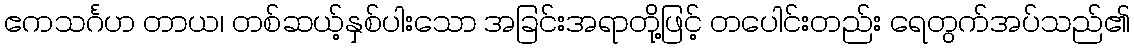
ဧကသင်္ဂဟ တာယ၊ တစ်ဆယ့်နှစ်ပါးသော အခြင်းအရာတို့ဖြင့် တပေါင်းတည်း ရေတွက်အပ်သည်၏